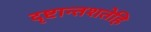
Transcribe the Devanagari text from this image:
दृष्टान्तशतेहि